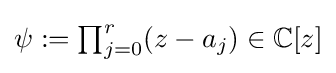
{\textstyle \psi :=\prod _{j=0}^{r}(z-a_{j})\in \mathbb {C} [z]}